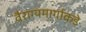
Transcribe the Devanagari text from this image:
वैराग्यमार्गाकडे